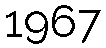
1967